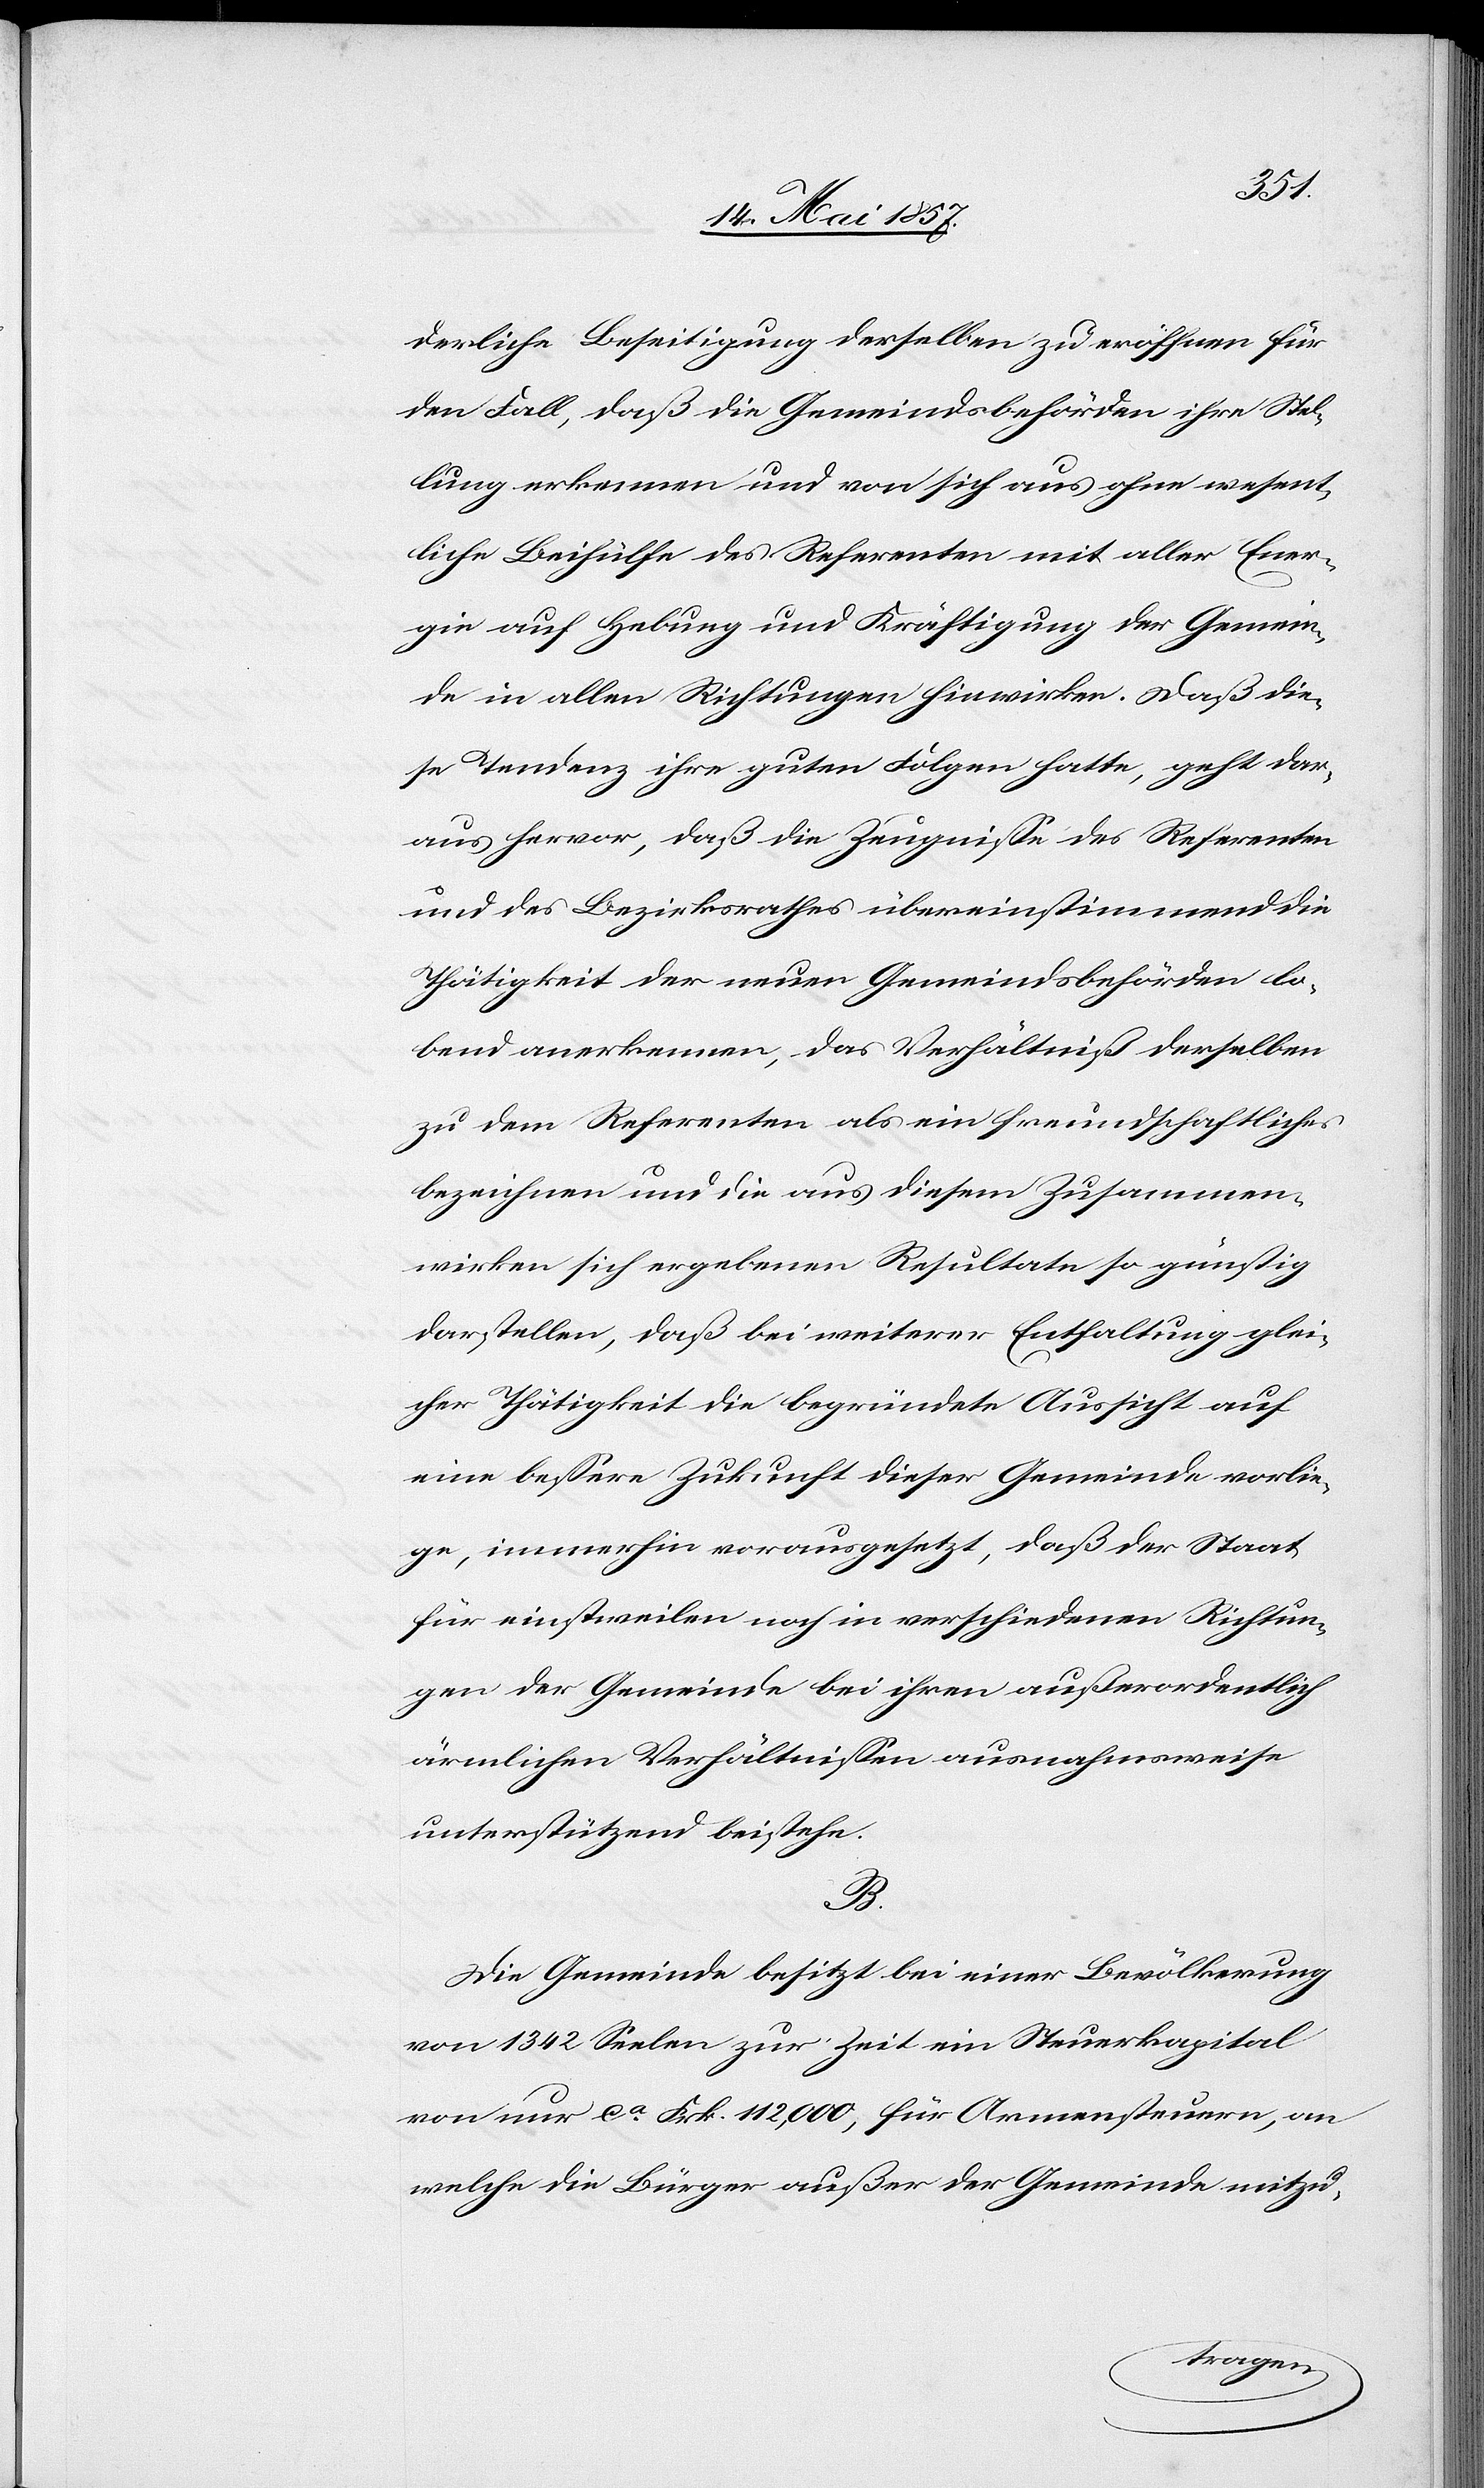
derliche Beseitigung derselben zu eröffnen für
den Fall, daß die Gemeindsbehörden ihre Stel¬
lung erkennen und von sich aus ohne wesent¬
liche Beihülfe des Referenten mit aller Ener¬
gie auf Hebung und Kräftigung der Gemein¬
de in allen Richtungen hinwirken. Daß die¬
se Tendenz ihre guten Folgen hatte, geht dar¬
aus hervor, daß die Zeugnisse des Referenten
und des Bezirksrathes übereinstimmend die
Thätigkeit der neuen Gemeindsbehörden lo¬
bend anerkennen, das Verhältniß derselben
zu dem Referenten als ein freundschaftliches
bezeichnen und die aus diesem Zusammen¬
wirken sich ergebenen Resultate so günstig
darstellen, daß bei weiterer Entfaltung glei¬
cher Thätigkeit die begründete Aussicht auf
eine bessere Zukunft dieser Gemeinde vorlie¬
ge, immerhin vorausgesetzt, daß der Staat
für einstweilen noch in verschiedenen Richtun¬
gen der Gemeinde bei ihren außerordentlich
ärmlichen Verhältnissen ausnahmsweise
unterstützend beistehe.
B.
Die Gemeinde besitzt bei einer Bevölkerung
von 1342 Seelen zur Zeit ein Steuerkapital
von nur ca Frk. 112,000, für Armensteuer, an
welche die Bürger außer der Gemeinde mitzu-